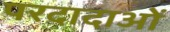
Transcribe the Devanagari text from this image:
परदादाओं